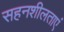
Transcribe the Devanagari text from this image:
सहनशीलताएं